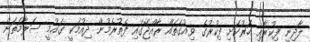
ލާދިނީ ފިކުރާއި ހަރުކަށި ފިކުރުގެ ވިއުގަތައް ރާއްޖޭގައި ފެތުރެމުން ދިއުމަކީ ގައުމީ ސަލާމަތަށް